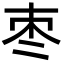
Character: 枣